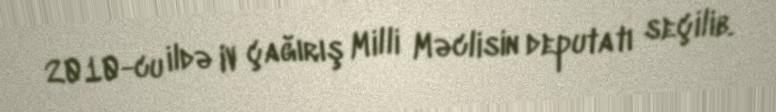
2010-cu ildə IV çağırış Milli Məclisin deputatı seçilib.